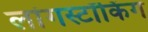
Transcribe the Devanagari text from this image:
लांगस्टॉकिंग